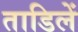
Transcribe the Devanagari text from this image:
ताडिलें